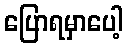
ပြောရမှာပေါ့